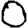
Digit: 0